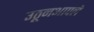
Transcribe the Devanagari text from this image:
उठूनआपले